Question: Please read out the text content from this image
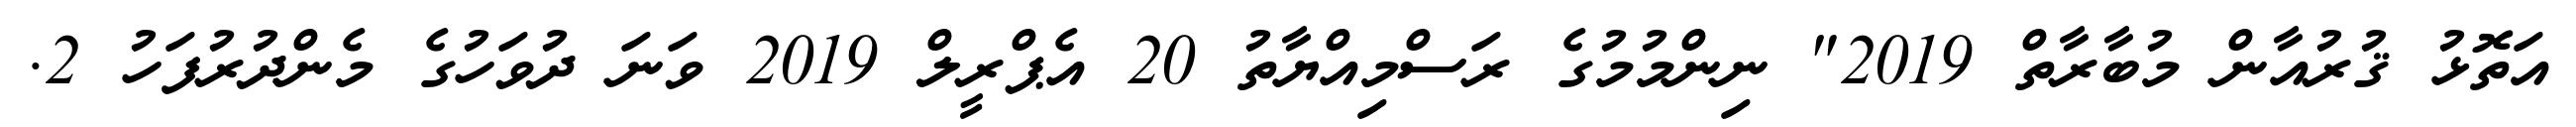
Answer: އަތޮޅު ޤުރުއާން މުބާރާތް 2019" ނިންމުމުގެ ރަސްމިއްޔާތު 20 އެޕްރީލް 2019 ވަނަ ދުވަހުގެ މެންދުރުފަހު 2.